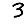
Digit: 3